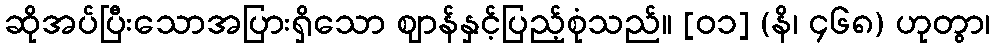
ဆိုအပ်ပြီးသောအပြားရှိသော ဈာန်နှင့်ပြည့်စုံသည်။ [၀၁] (နိ၊ ၄၆၈) ဟုတွာ၊